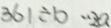
3 6 1 \div b \cdot 2 a